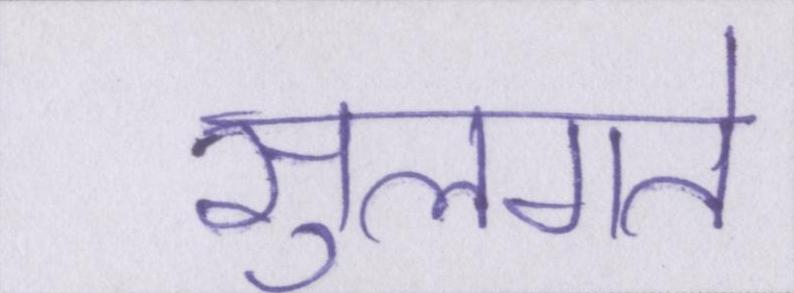
सुलगते